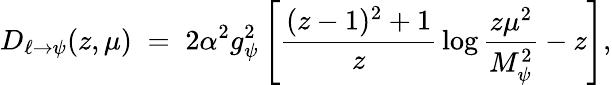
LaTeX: D_{\ell\to\psi}(z,\mu)\; =\; 2\alpha^{2}g_{\psi}^{2}\left[{\frac{(z-1)^{2}+1}{z}}\log{\frac{z\mu^{2}}{M_{\psi}^{2}}}-z\right],